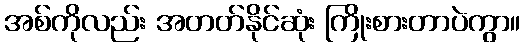
အစ်ကိုလည်း အတတ်နိုင်ဆုံး ကြိုးစားတာပဲကွာ။